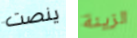
ينصت الزينة